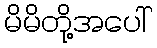
မိမိတို့အပေါ်